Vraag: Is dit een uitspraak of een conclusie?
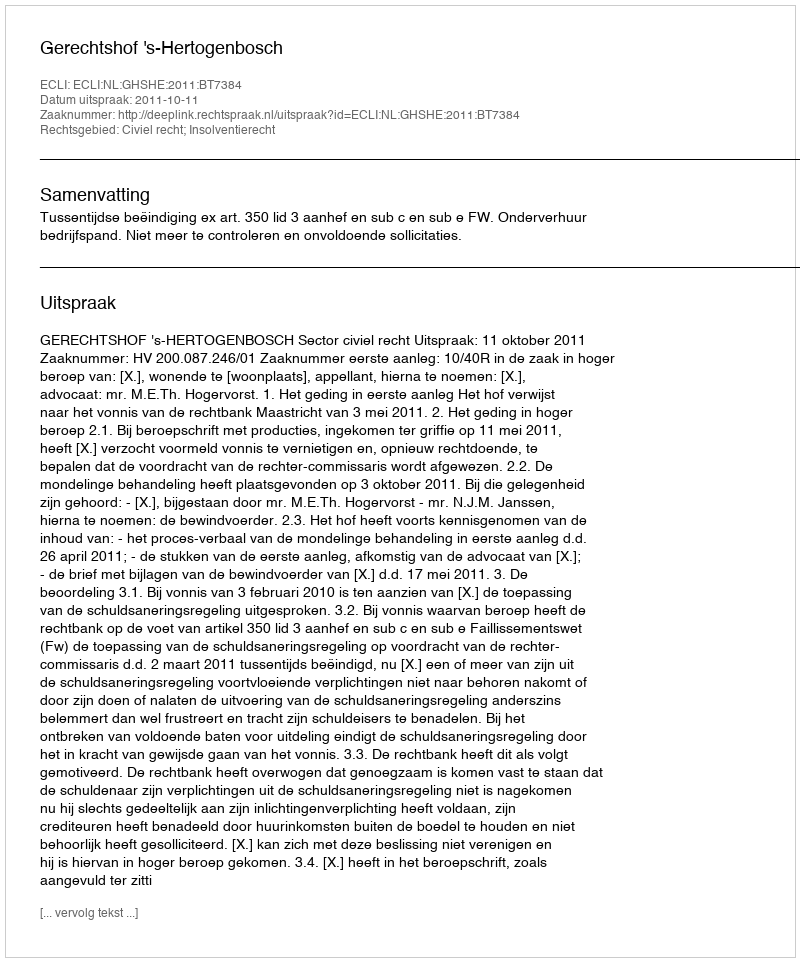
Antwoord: Uitspraak